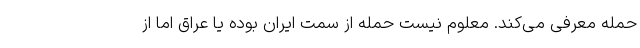
حمله معرفی می‌کند. معلوم نیست حمله از سمت ایران بوده یا عراق اما از